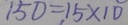
1 5 0 = 1 5 \times 1 0